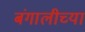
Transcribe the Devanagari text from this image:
बंगालीच्या